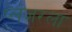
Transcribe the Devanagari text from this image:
प्लंजरला